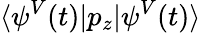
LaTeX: \langle\psi^{V}(t)|p_{z}|\psi^{V}(t)\rangle